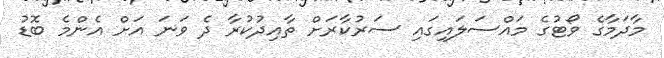
މާދަމާގެ ވޯޓުގެ މައްސަލައިގައި ސަރުކާރަށް ތާއިދުކުރާ ދެ ވަނަ އަށް އެންމެ ބޮޑު